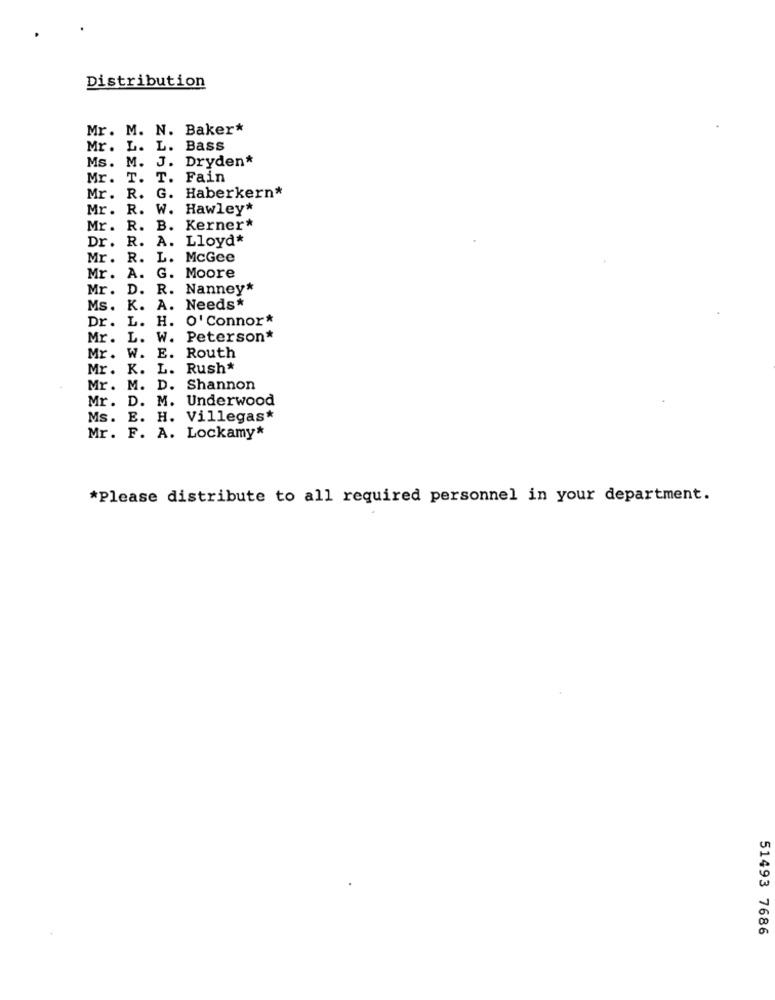
Distribution
Mr. M. N. Baker*
Mr. L. L.
Bass
Ms.
J.
Dryden*
M.
Mr.
T .
T. Fain
Mr. R.
G. Haberkern*
Mr.
R. W. Hawley*
Mr. R. B. Kerner*
Dr.
R. A. Lloyd*
Mr. R. L. McGee
Mr .
A.
G. Moore
Mr. D. R. Nanney*
Ms.
K. A. Needs*
L. H. O' Connor*
Dr.
Mr. L. W. Peterson*
Routh
Mr.
W. E.
Mr.
K. L. Rush*
Mr. M. D. Shannon
Mr .
D. M. Underwood
Ms.
E. H. Villegas*
Mr. F. A. Lockamy*
*Please distribute to all required personnel in your department.
51493 7686